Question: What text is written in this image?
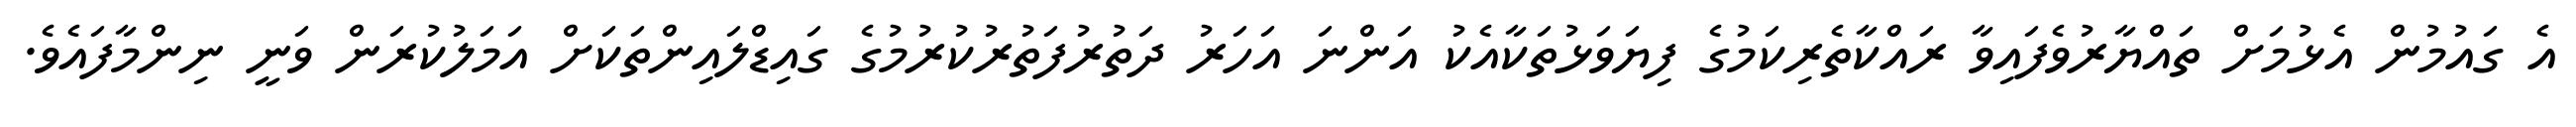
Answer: އެ ގައުމުން އެޅުމަށް ތައްޔާރުވެފައިވާ ރައްކާތެރިކަމުގެ ފިޔަވަޅުތަކާއެކު އަންނަ އަހަރު ދަތުރުފަތުރުކުރުމުގެ ގައިޑްލައިންތަކަށް އަމަލުކުރަން ވަނީ ނިންމާފައެވެ.